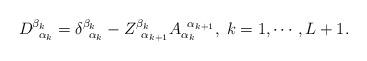
LaTeX: \begin{align*}D_{\;\;\alpha _k}^{\beta _k}=\delta _{\;\;\alpha _k}^{\beta_k}-Z_{\;\;\alpha _{k+1}}^{\beta _k}A_{\alpha _k}^{\;\;\alpha_{k+1}},\;k=1,\cdots ,L+1.\end{align*}